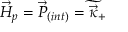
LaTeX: { \vec { { \cal H } } } _ { p } = { \vec { { \cal P } } } _ { ( i n t ) } = \widetilde { \vec { \kappa } _ { + } }